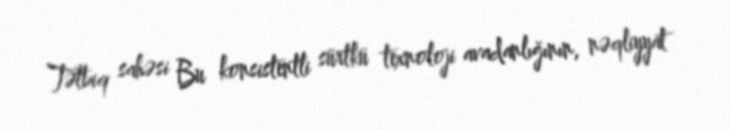
Tətbiq sahəsi Bu konsistentli sürtkü texnoloji avadanlığının, nəqliyyat